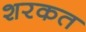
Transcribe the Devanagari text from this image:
शरकत